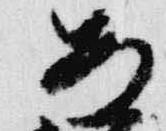
安